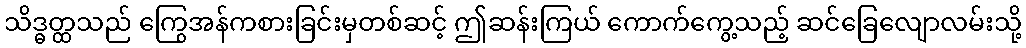
သိဒ္ဓတ္ထသည် ကြွေအန်ကစားခြင်းမှတစ်ဆင့် ဤဆန်းကြယ် ကောက်ကွေ့သည့် ဆင်ခြေလျောလမ်းသို့